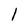
Character: 1